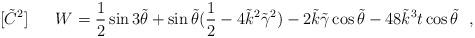
LaTeX: \begin{align*}[\tilde C^2]~~~~~W={1 \over 2}\sin {3\tilde \theta}+\sin{\tilde \theta}({1 \over 2} -4\tilde k^2\tilde \gamma^2)-2\tilde k \tilde \gamma\cos{\tilde \theta}-48\tilde k^3t\cos{\tilde \theta}~~,\end{align*}